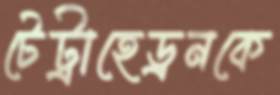
টেট্রাহেড্রনকে